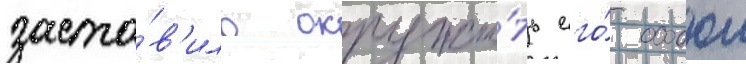
заста́в'ило окружи́ть его́ особои